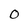
Character: 0